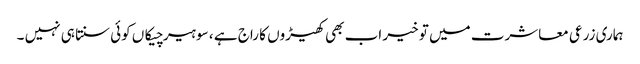
ہماری زرعی معاشرت میں تو خیر اب بھی کھیڑوں کا راج ہے ، سو ہیر چیکاں کوئی سنتا ہی نہیں ۔